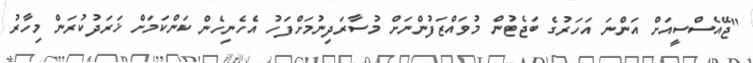
"ޖޭއެސްސީއަށް އަންނަ އަހަރުގެ ބަޖެޓުން މުވައްޒަފުންނަށް މުސާރަދިނުމަށްފަހު އެހެނިހެން ކަންކަމަށް ޚަރަދުކުރަން މިހާރު